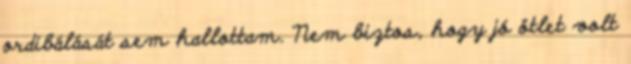
ordibálását sem hallottam. Nem biztos, hogy jó ötlet volt